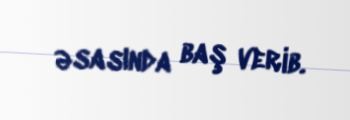
əsasında baş verib.